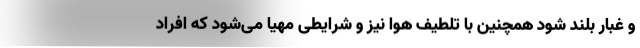
و غبار بلند شود همچنین با تلطیف هوا نیز و شرایطی مهیا می‌شود که افراد